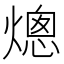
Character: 熜